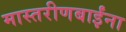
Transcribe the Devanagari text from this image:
मास्तरीणबाईंना